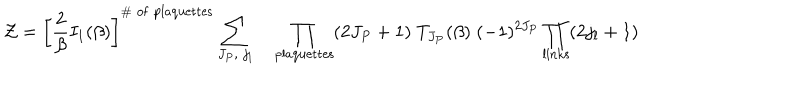
{ \cal Z } = \left[ \frac { 2 } { \beta } I _ { 1 } ( \beta ) \right] ^ { \# \mathrm { \; o f \; p l a q u e t t e s } } \sum _ { J _ { P } , \; j _ { l } } \quad \prod _ { \mathrm { p l a q u e t t e s } } ( 2 J _ { P } + 1 ) \; T _ { J _ { P } } ( \beta ) \; ( - 1 ) ^ { 2 J _ { P } } \prod _ { \mathrm { l i n k s } } ( 2 j _ { l } + 1 )